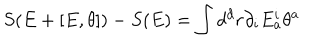
LaTeX: S ( E + [ E , \theta ] ) - S ( E ) = \int d ^ { d } r \partial _ { i } E _ { a } ^ { i } \theta ^ { a }